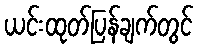
ယင်းထုတ်ပြန်ချက်တွင်